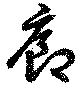
廊